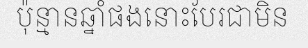
ប៉ុន្មានឆ្នាំផងនោះបែរជាមិន